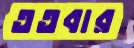
ততবার